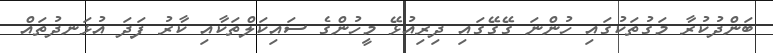
ބަންދުކުރާ މަގުތަކުގައި ހުންނަ ގޭގޭގައި ދިރިއުޅޭ މީހުންގެ ސައިކަލްތަކާއި ކާރު ފަދަ އުޅަނދުތައް